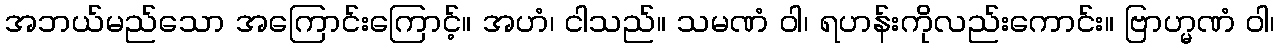
အဘယ်မည်သော အကြောင်းကြောင့်။ အဟံ၊ ငါသည်။ သမဏံ ဝါ၊ ရဟန်းကိုလည်းကောင်း။ ဗြာဟ္မဏံ ဝါ၊